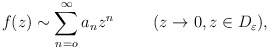
\begin{align*}f(z) \sim \sum _{n=o} ^{\infty } a_n z^n\hspace{1cm}(z\rightarrow 0, z\in D_{\varepsilon }),\end{align*}